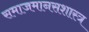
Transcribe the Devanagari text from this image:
समाजमानसशास्त्र